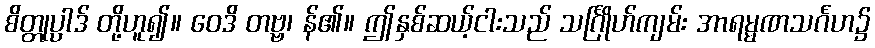
စိတ္တုပ္ပါဒ် တို့ဟူ၍။ ဝေဒိ တဗ္ဗ၊ န်၏။ ဤနှစ်ဆယ့်ငါးသည် သင်္ဂြိုဟ်ကျမ်း အာရမ္မဏသင်္ဂဟ၌